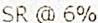
SR @ 6%